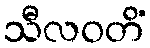
သီလဝတိံ